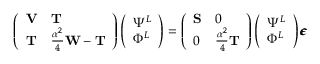
\left( \begin{array} { l l } { \ensuremath { \mathbf { V } } } & { \ensuremath { \mathbf { T } } } \\ { \ensuremath { \mathbf { T } } } & { \frac { \alpha ^ { 2 } } { 4 } \ensuremath { \mathbf { W } } - \ensuremath { \mathbf { T } } } \end{array} \right) \left( \begin{array} { l } { \Psi ^ { L } } \\ { \Phi ^ { L } } \end{array} \right) = \left( \begin{array} { l l } { \ensuremath { \mathbf { S } } } & { 0 } \\ { 0 } & { \frac { \alpha ^ { 2 } } { 4 } \ensuremath { \mathbf { T } } } \end{array} \right) \left( \begin{array} { l } { \Psi ^ { L } } \\ { \Phi ^ { L } } \end{array} \right) \ensuremath { \pmb \epsilon }